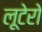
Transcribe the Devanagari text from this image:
लूटेरो